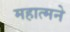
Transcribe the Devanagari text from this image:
महात्मने